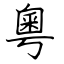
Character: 粵